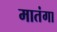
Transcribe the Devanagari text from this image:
मातंगा